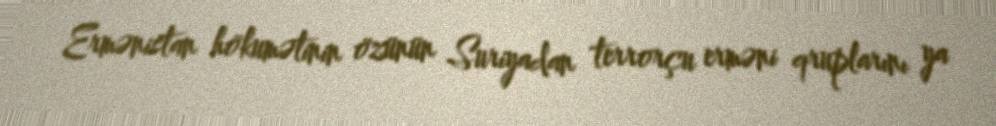
Ermənistan hökumətinin özünün Suriyadan terrorçu erməni qruplarını ya